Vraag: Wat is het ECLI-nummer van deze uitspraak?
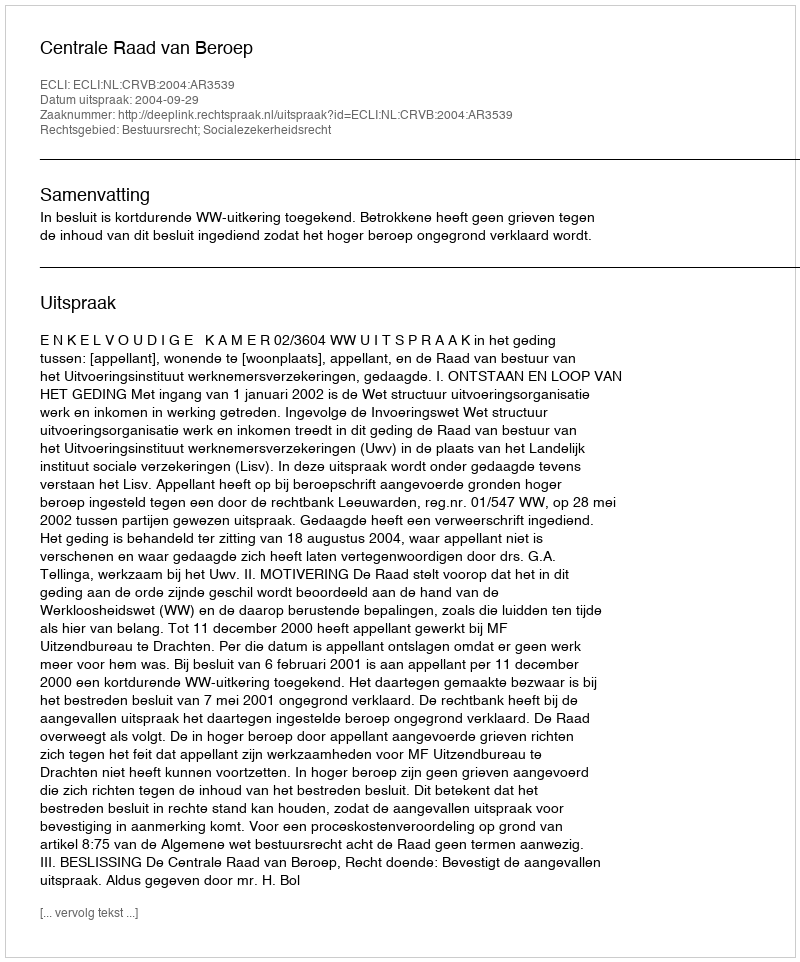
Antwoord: ECLI:NL:CRVB:2004:AR3539